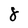
Character: 8